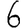
Digit: 6